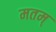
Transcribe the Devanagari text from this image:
मतम्